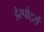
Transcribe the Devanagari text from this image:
डेस्पोर्ट्स